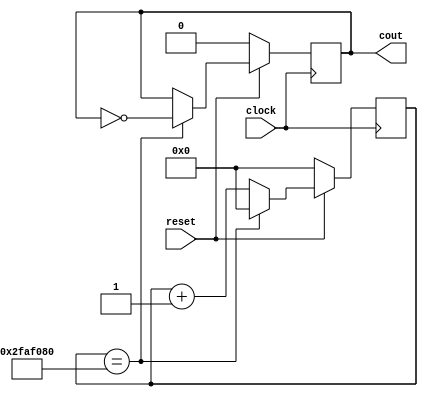
module FrequencyDivider
(
	clock,
	reset,
	cout
);
    input clock, reset;
    output reg cout;
 
    reg [25:0] count; //counts upto 50000000
 
    always @(posedge clock)
    begin 
       if (reset) begin
           if(count == 50000000) begin
              count = 0;
              cout = ~cout;
           end else begin
              count = count + 1;
              cout = cout;
           end
       end 
		 else begin
          count = 0;
          cout = 0;
       end
    end
endmodule